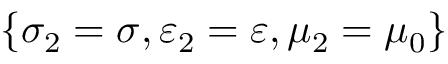
\{ \sigma _ { 2 } = \sigma , \varepsilon _ { 2 } = \varepsilon , \mu _ { 2 } = \mu _ { 0 } \}